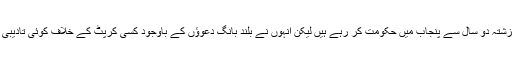
وزیر اعلی پنجاب گزشتہ دو سال سے پنجاب میں حکومت کر رہے ہیں لیکن انہوں نے بلند بانگ دعوؤں کے باوجود کسی کرپٹ کے خلاف کوئی تادیبی کارروائی نہیں کی ۔